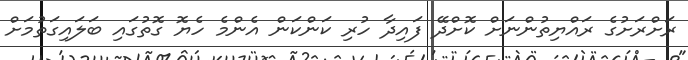
ރަށްރަށުގެ ރައްޔިތުންނަށް ކޮށްދޭ ފައިދާ ހުރި ކަންކަން އެންމެ ހެޔޮ ގޮތުގައި ބަލައިގަތުމަށް